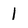
Character: 1